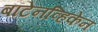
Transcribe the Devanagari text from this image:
बॉटेनव्हिकेन